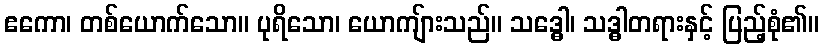
ဧကော၊ တစ်ယောက်သော။ ပုရိသော၊ ယောကျ်ားသည်။ သဒ္ဓေါ၊ သဒ္ဓါတရားနှင့် ပြည့်စုံ၏။